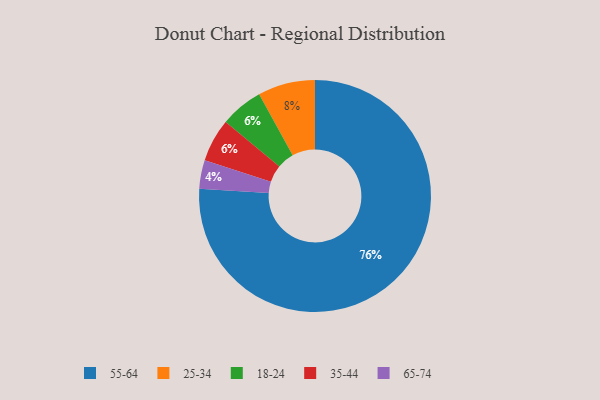
{"axis": {"x": "Category", "y": "Percentage"}, "legend": ["18-24", "25-34", "35-44", "55-64", "65-74"], "data": [{"x": "18-24", "y": 6, "type": "18-24"}, {"x": "35-44", "y": 6, "type": "35-44"}, {"x": "65-74", "y": 4, "type": "65-74"}, {"x": "25-34", "y": 8, "type": "25-34"}, {"x": "55-64", "y": 76, "type": "55-64"}]}